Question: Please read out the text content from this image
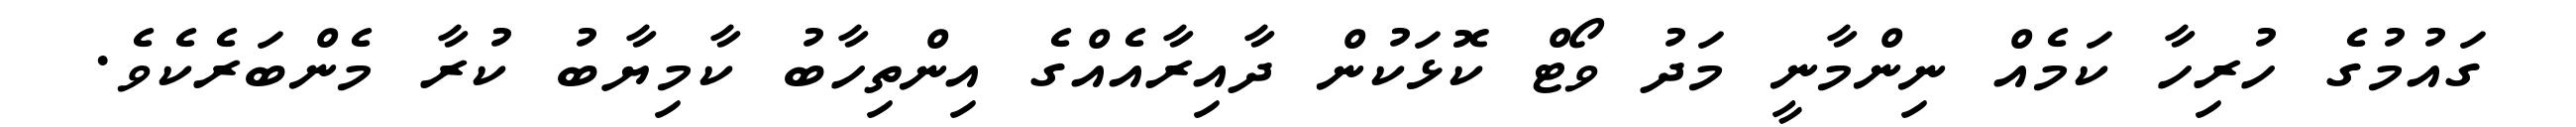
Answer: ގައުމުގެ ހުރިހާ ކަމެއް ނިންމާނީ މަދު ވޯޓް ކޮޅަކުން ދާއިރާއެއްގެ އިންތިހާބު ކާމިޔާބު ކުރާ މެންބަރެކެވެ.